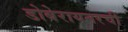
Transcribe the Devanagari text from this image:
डोबेरायनरची